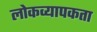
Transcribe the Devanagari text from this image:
लोकव्यापकता